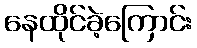
နေထိုင်ခဲ့ကြောင်း